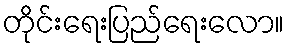
တိုင်းရေးပြည်ရေးလော။